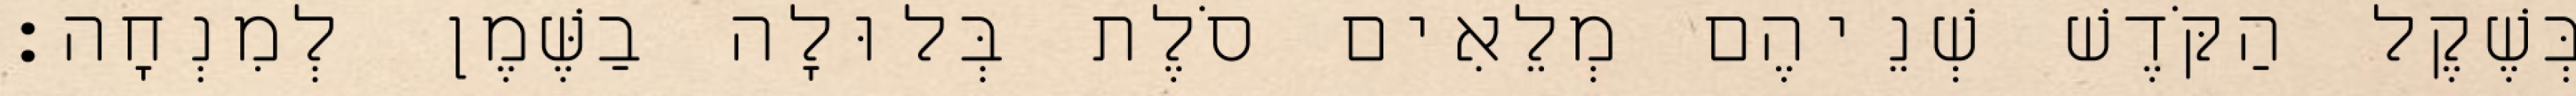
בְּשֶׁקֶל הַקֹּדֶשׁ שְׁנֵיהֶם מְלֵאִים סֹלֶת בְּלוּלָה בַשֶּׁמֶן לְמִנְחָה׃